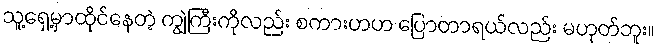
သူ့ရှေ့မှာထိုင်နေတဲ့ ကျွဲကြီးကိုလည်း စကားဟဟ ပြောတာရယ်လည်း မဟုတ်ဘူး။